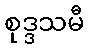
စုဒ္ဒသမီ